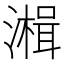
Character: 𰝒